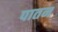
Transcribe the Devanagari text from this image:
पातन